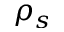
\rho _ { s }